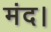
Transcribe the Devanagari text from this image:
मंद।